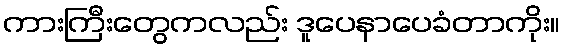
ကားကြီးတွေကလည်း ဒူပေနာပေခံတာကိုး။